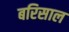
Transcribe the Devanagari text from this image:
बरिसाल